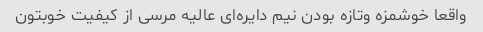
واقعا خوشمزه و‌تازه بودن نیم دایره‌ای عالیه مرسی از کیفیت خوبتون